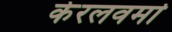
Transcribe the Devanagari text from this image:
केरलवर्मा